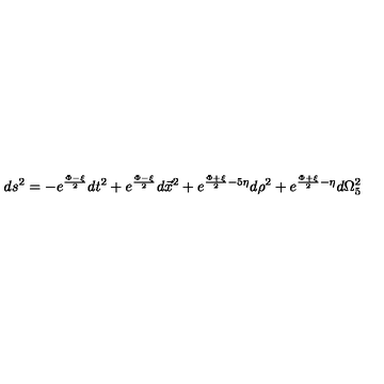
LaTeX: d s ^ { 2 } = - e ^ { \frac { \Phi - \xi } { 2 } } d t ^ { 2 } + e ^ { \frac { \Phi - \xi } { 2 } } d \vec { x } ^ { 2 } + e ^ { \frac { \Phi + \xi } { 2 } - 5 \eta } d \rho ^ { 2 } + e ^ { \frac { \Phi + \xi } { 2 } - \eta } d \Omega _ { 5 } ^ { 2 }